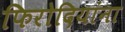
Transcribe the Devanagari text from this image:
फिरोदियांना